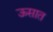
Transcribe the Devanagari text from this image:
ऊसात